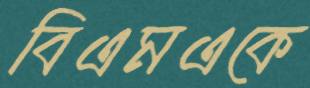
বিএমএকে